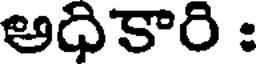
అధికారి :